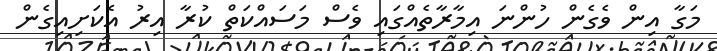
މަގާ އިން ވެގެން ހުންނަ އިމާރާތެއްގައި ވެސް މަސައްކަތް ކުރާ އިރު އެކަށިއިގެން